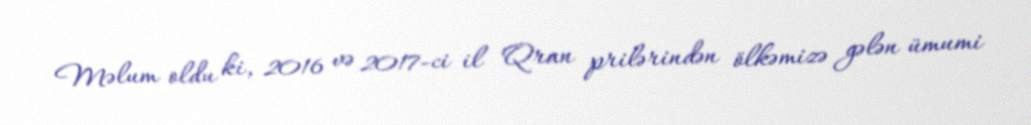
Məlum oldu ki, 2016 və 2017-ci il Qran prilərindən ölkəmizə gələn ümumi